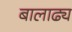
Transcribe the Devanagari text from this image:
बालाढ्य